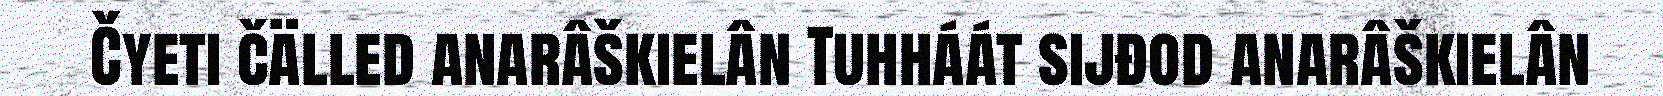
Čyeti čälled anarâškielân Tuhháát sijđod anarâškielân